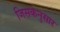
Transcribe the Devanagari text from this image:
जिसकेनुसार